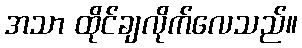
အသာ ထိုင်ချလိုက်လေသည်။